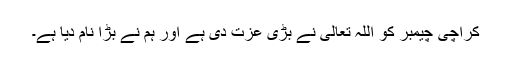
کراچی چیمبر کو اللہ تعالیٰ نے بڑی عزت دی ہے اور ہم نے بڑا نام دیا ہے۔